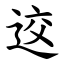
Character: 䢒